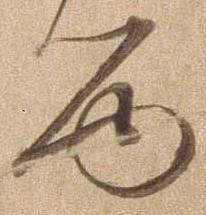
る